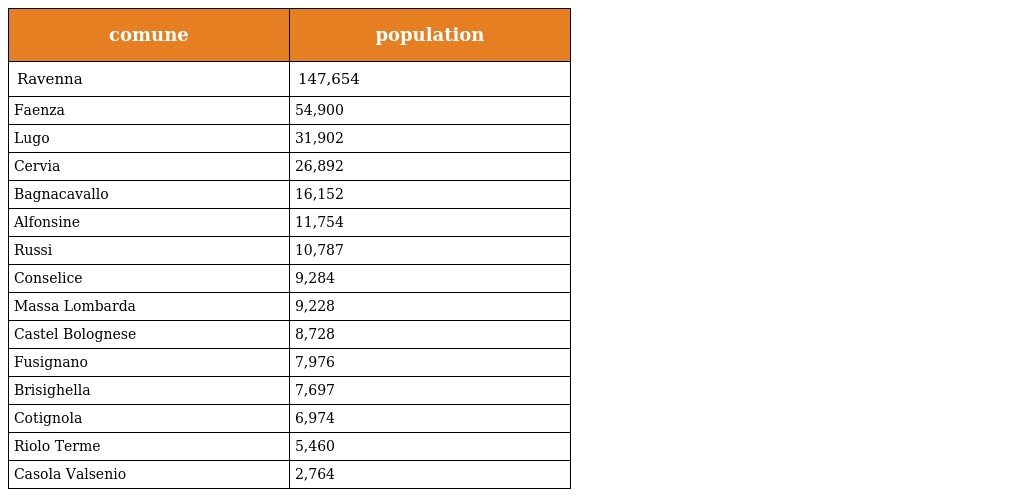
| comune | population |
 | --- | --- |
 | Ravenna | 147,654 |
 | Faenza | 54,900 |
 | Lugo | 31,902 |
 | Cervia | 26,892 |
 | Bagnacavallo | 16,152 |
 | Alfonsine | 11,754 |
 | Russi | 10,787 |
 | Conselice | 9,284 |
 | Massa Lombarda | 9,228 |
 | Castel Bolognese | 8,728 |
 | Fusignano | 7,976 |
 | Brisighella | 7,697 |
 | Cotignola | 6,974 |
 | Riolo Terme | 5,460 |
 | Casola Valsenio | 2,764 |